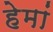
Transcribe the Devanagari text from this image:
हेमां